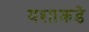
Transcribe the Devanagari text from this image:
यशाकडे